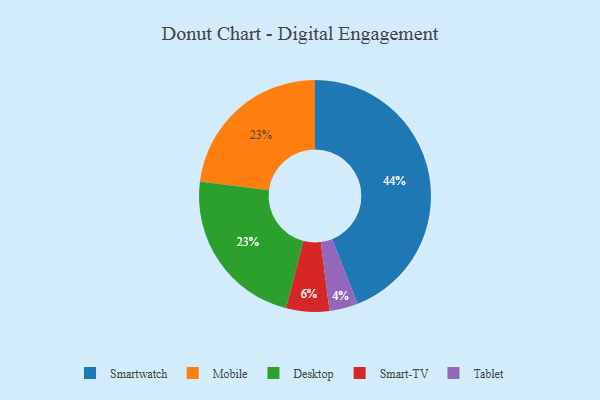
{"axis": {"x": "Category", "y": "Percentage"}, "legend": ["Desktop", "Mobile", "Smart-TV", "Smartwatch", "Tablet"], "data": [{"x": "Smartwatch", "y": 44, "type": "Smartwatch"}, {"x": "Mobile", "y": 23, "type": "Mobile"}, {"x": "Tablet", "y": 4, "type": "Tablet"}, {"x": "Desktop", "y": 23, "type": "Desktop"}, {"x": "Smart-TV", "y": 6, "type": "Smart-TV"}]}